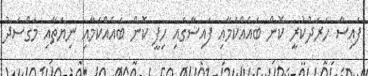
ފައިސާ ހަރަދުކުރީ ކޮން ބައެއްކަމާއި ފައިސާގައި ހިފީ ކޮން ބައެއްކަމާއި ނިޔަތާއި މަގްސަދު